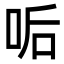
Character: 㖃